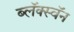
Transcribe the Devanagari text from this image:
ब्लॅक्स्वॅन